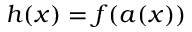
h ( x ) = f ( a ( x ) )